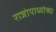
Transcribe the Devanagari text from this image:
राजोपाध्यांच्या